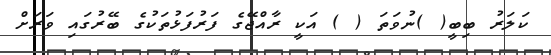
ކަލަރު ބިބީ( )ނުވަތަ ( ) އަކީ ރާއްޖޭގެ ފަރުފަޅުތަކުގެ ބޭރުގައި ވަރަށް